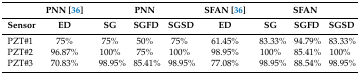
<table><thead><tr><td></td><td><b>PNN [36]</b></td><td colspan="3"><b>PNN</b></td><td><b>SFAN [36]</b></td><td colspan="3"><b>SFAN</b></td></tr><tr><td><b>Sensor</b></td><td><b>ED</b></td><td><b>SG</b></td><td><b>SGFD</b></td><td><b>SGSD</b></td><td><b>ED</b></td><td><b>SG</b></td><td><b>SGFD</b></td><td><b>SGSD</b></td></tr></thead><tbody><tr><td>PZT#1</td><td>75%</td><td>75%</td><td>50%</td><td>75%</td><td>61.45%</td><td>83.33%</td><td>94.79%</td><td>83.33%</td></tr><tr><td>PZT#2</td><td>96.87%</td><td>100%</td><td>75%</td><td>100%</td><td>98.95%</td><td>100%</td><td>85.41%</td><td>100%</td></tr><tr><td>PZT#3</td><td>70.83%</td><td>98.95%</td><td>85.41%</td><td>98.95%</td><td>77.08%</td><td>98.95%</td><td>88.54%</td><td>98.95%</td></tr></tbody></table>